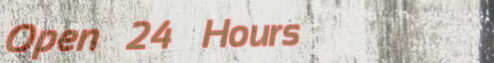
Open 24 Hours